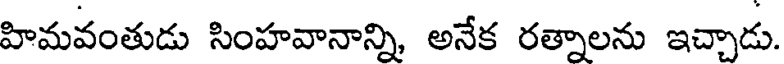
హిమవంతుడు సింహవానాన్ని, అనేక రత్నాలను ఇచ్చాడు.